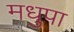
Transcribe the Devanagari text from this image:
मधुपा